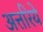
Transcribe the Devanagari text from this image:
अत्तरिये